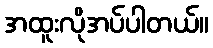
အထူးလိုအပ်ပါတယ်။